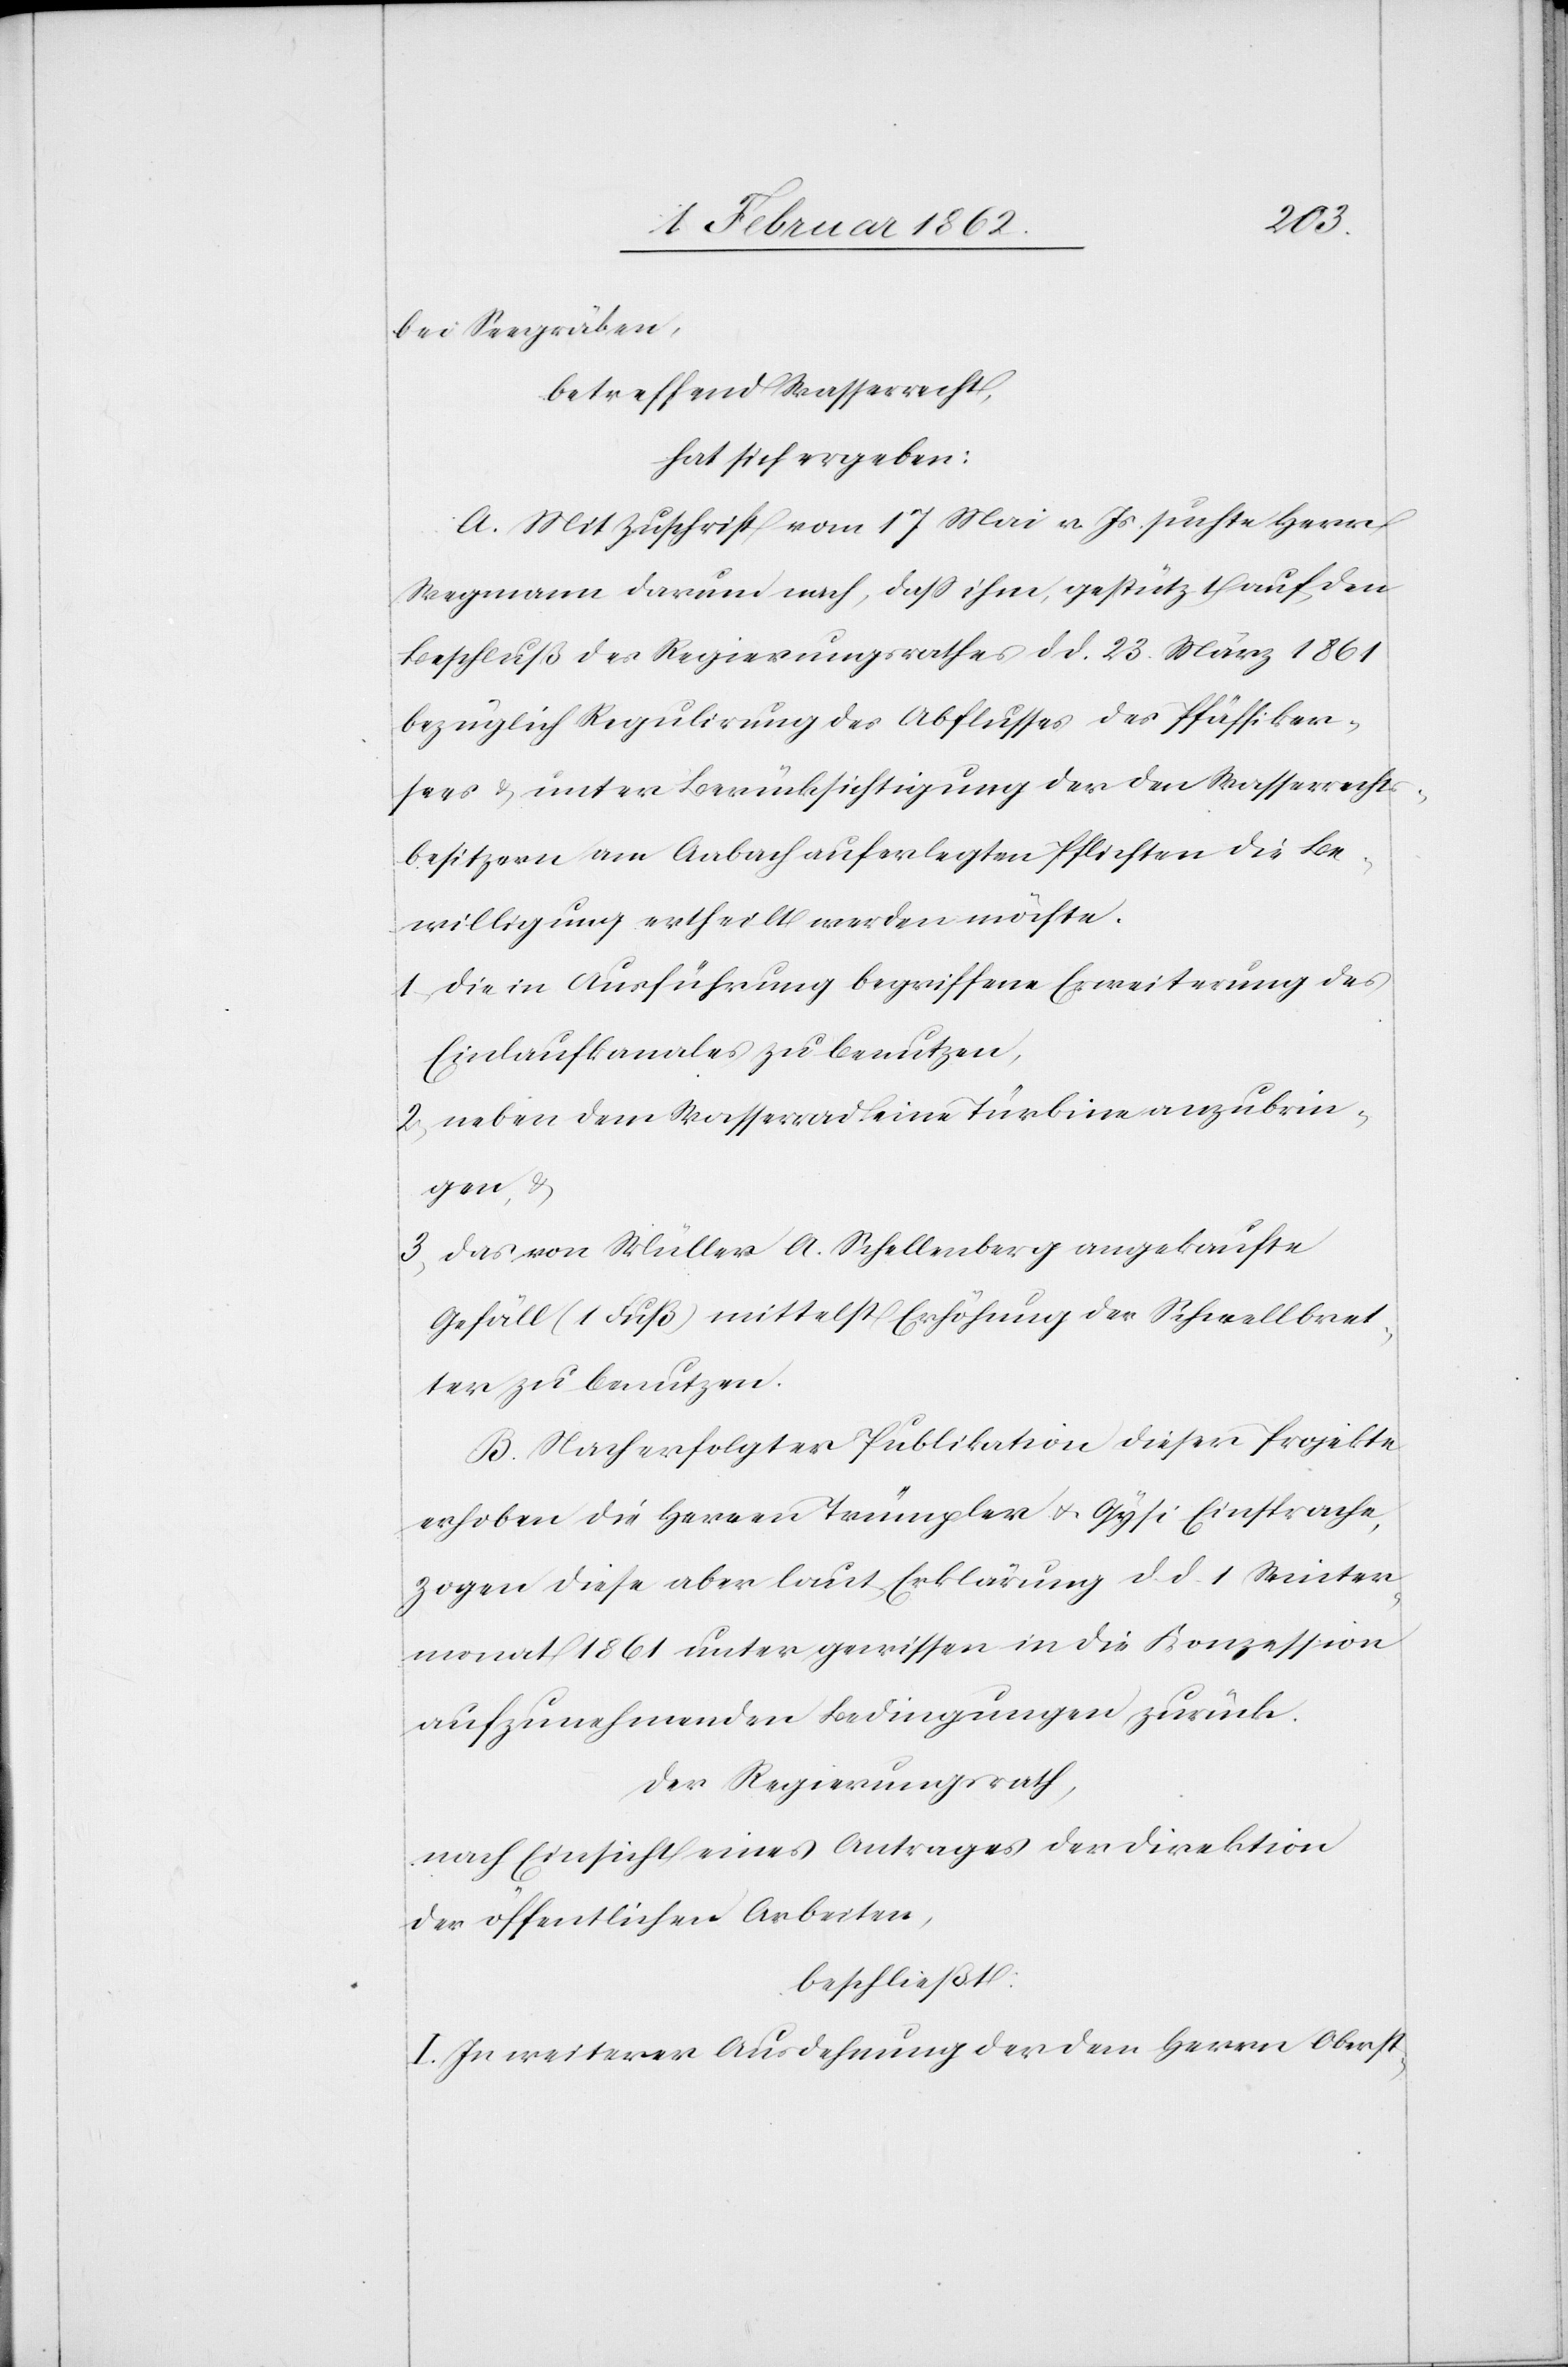
bei Seegräben,
betreffend Wasserrecht,
hat sich ergeben:
A. Mit Zuschrift vom 17 Mai v. Js. suchte Herr
Wegmann darum nach, daß ihm, gestützt auf den
Beschluß des Regierungsrathes d d. 23 März 1861
bezüglich Regulirung des Abflusses des Pfäffiker¬
sees & unter Berücksichtigung der den Wasserrechts¬
besitzern am Aabach auferlegten Pflichten die Be¬
willigung erheilt werden möchte.
1) die in Ausführung begriffene Erweiterung des
Einlaufkanales zu benutzen,
2) neben dem Wasserrad eine Turbine anzubrin¬
gen, &
3) das von Müller A. Schellenberg angekaufte
Gefäll (1 Fuß) mittelst Erhöhung der Schwellbret¬
ter zu benutzen.
B. Nach erfolgter Publikation dieser Projekte
erhoben die Herren Trümpler u. Gysi Einsprache,
zogen diese aber laut Erklärung d. d. 1 Winter¬
monat 1861 unter gewissen in die Konzession
aufzunehmenden Bedingungen zurück.
Der Regierungsrath,
nach Einsicht eines Antrages der Direktion
der öffentlichen Arbeiten,
beschließt:
I. In weiterer Ausdehnung der dem Herrn Oberst-